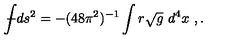
{ \int \! \! \! \! \! \! - } d s ^ { 2 } = - ( 4 8 \pi ^ { 2 } ) ^ { - 1 } \int r \sqrt { g } \ d ^ { 4 } x \ , .